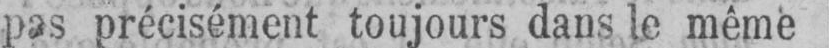
pas précisément toujours dans le même